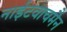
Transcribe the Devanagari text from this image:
नाईटवाचमैन